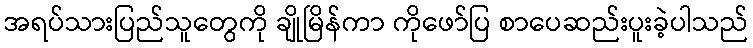
အရပ်သားပြည်သူတွေကို ချိုမြိန်ကာ ကိုဖော်ပြ စာပေဆည်းပူးခဲ့ပါသည်